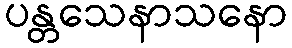
ပန္တသေနာသနော